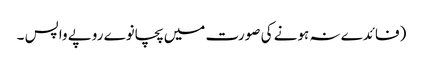
(فائدے نہ ہونے کی صورت میں پچانوے روپے واپس ۔